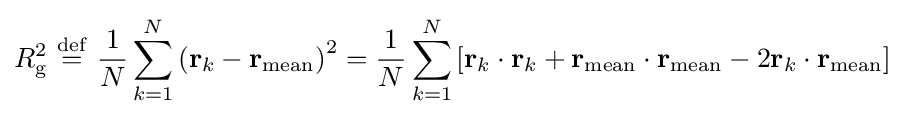
R_{\mathrm {g} }^{2}\ {\stackrel {\mathrm {def} }{=}}\ {\frac {1}{N}}\sum _{k=1}^{N}\left(\mathbf {r} _{k}-\mathbf {r} _{\mathrm {mean} }\right)^{2}={\frac {1}{N}}\sum _{k=1}^{N}\left[\mathbf {r} _{k}\cdot \mathbf {r} _{k}+\mathbf {r} _{\mathrm {mean} }\cdot \mathbf {r} _{\mathrm {mean} }-2\mathbf {r} _{k}\cdot \mathbf {r} _{\mathrm {mean} }\right]